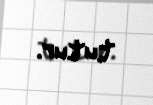
tutur.